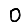
Digit: 0